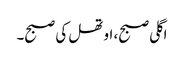
اگلی صبح، اوتھل کی صبح۔